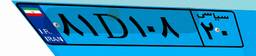
۷۷D۰۴۸۷۵